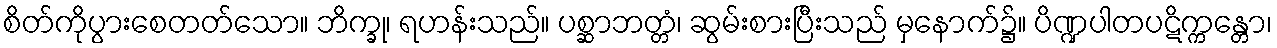
စိတ်ကိုပွားစေတတ်သော။ ဘိက္ခု၊ ရဟန်းသည်။ ပစ္ဆာဘတ္တံ၊ ဆွမ်းစားပြီးသည် မှနောက်၌။ ပိဏ္ဍပါတပဋိက္ကန္တော၊